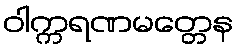
ဝါက္ကရဏမတ္တေန